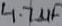
Text: 4.7µF